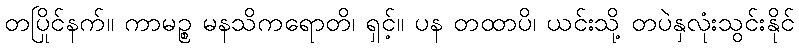
တပြိုင်နက်။ ကာမဉ္စ မနသိကရောတိ၊ ရှင့်။ ပန တထာပိ၊ ယင်းသို့ တပဲနှလုံးသွင်းနိုင်